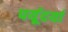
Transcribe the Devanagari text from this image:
पर्यूदर्या